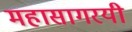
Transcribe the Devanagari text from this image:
महासागरयी